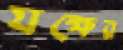
যক্ষের